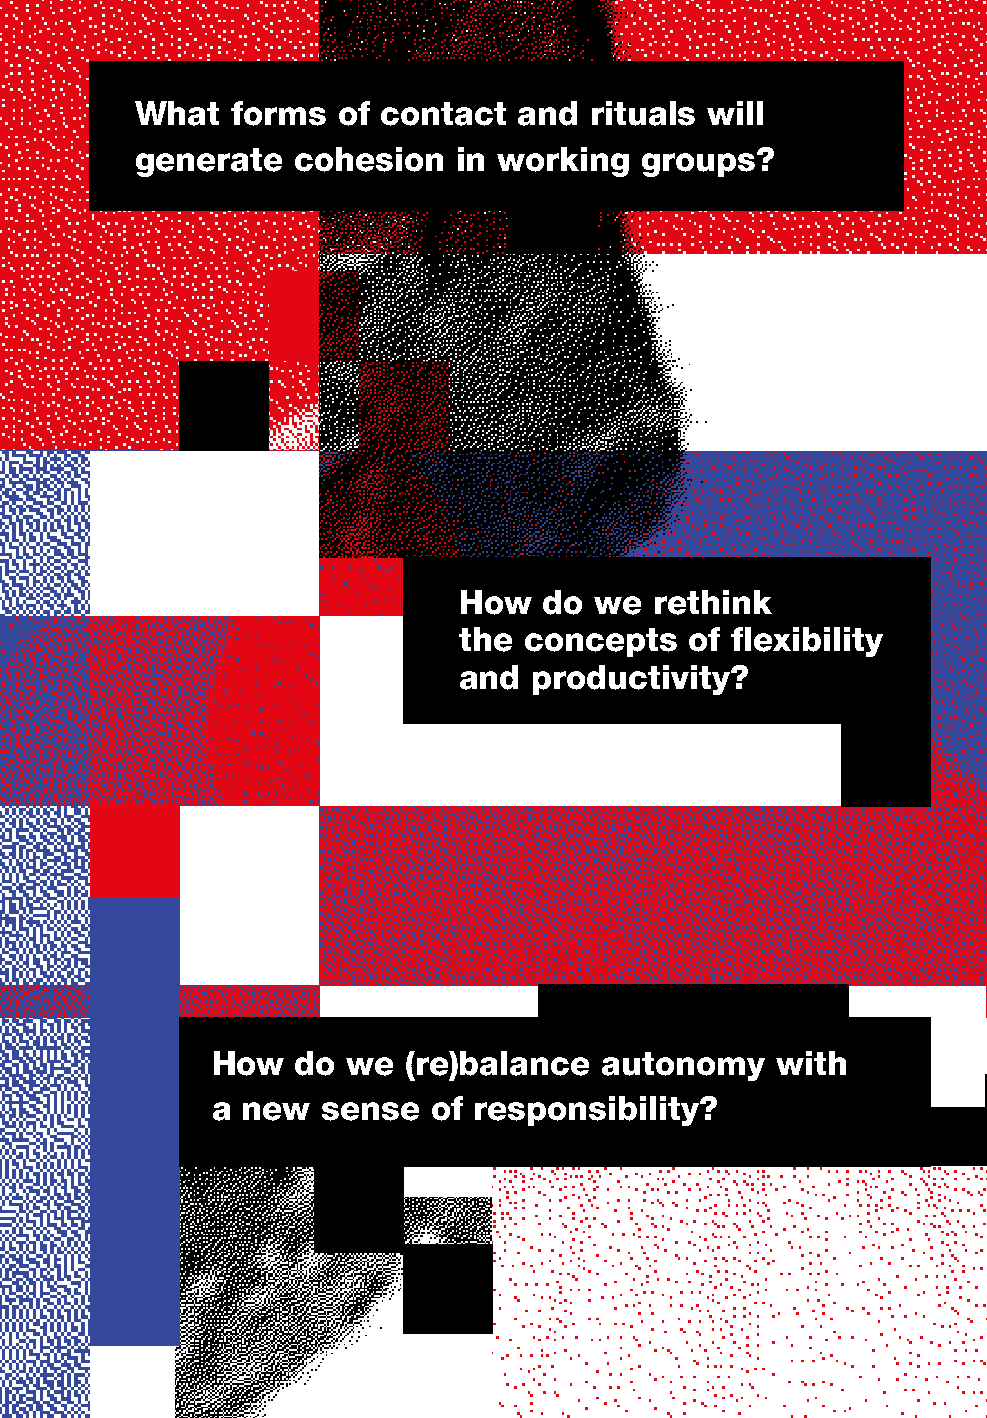
intro          weconomy    75
 What  forms  of contact  and  rituals will
 generate  cohesion   in working  groups?
 How   do we  rethink
 the  concepts   of flexibility
 and  productivity?
 How   do we  (re)balance  autonomy   with
 a new  sense   of responsibility?